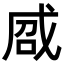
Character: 𢦽